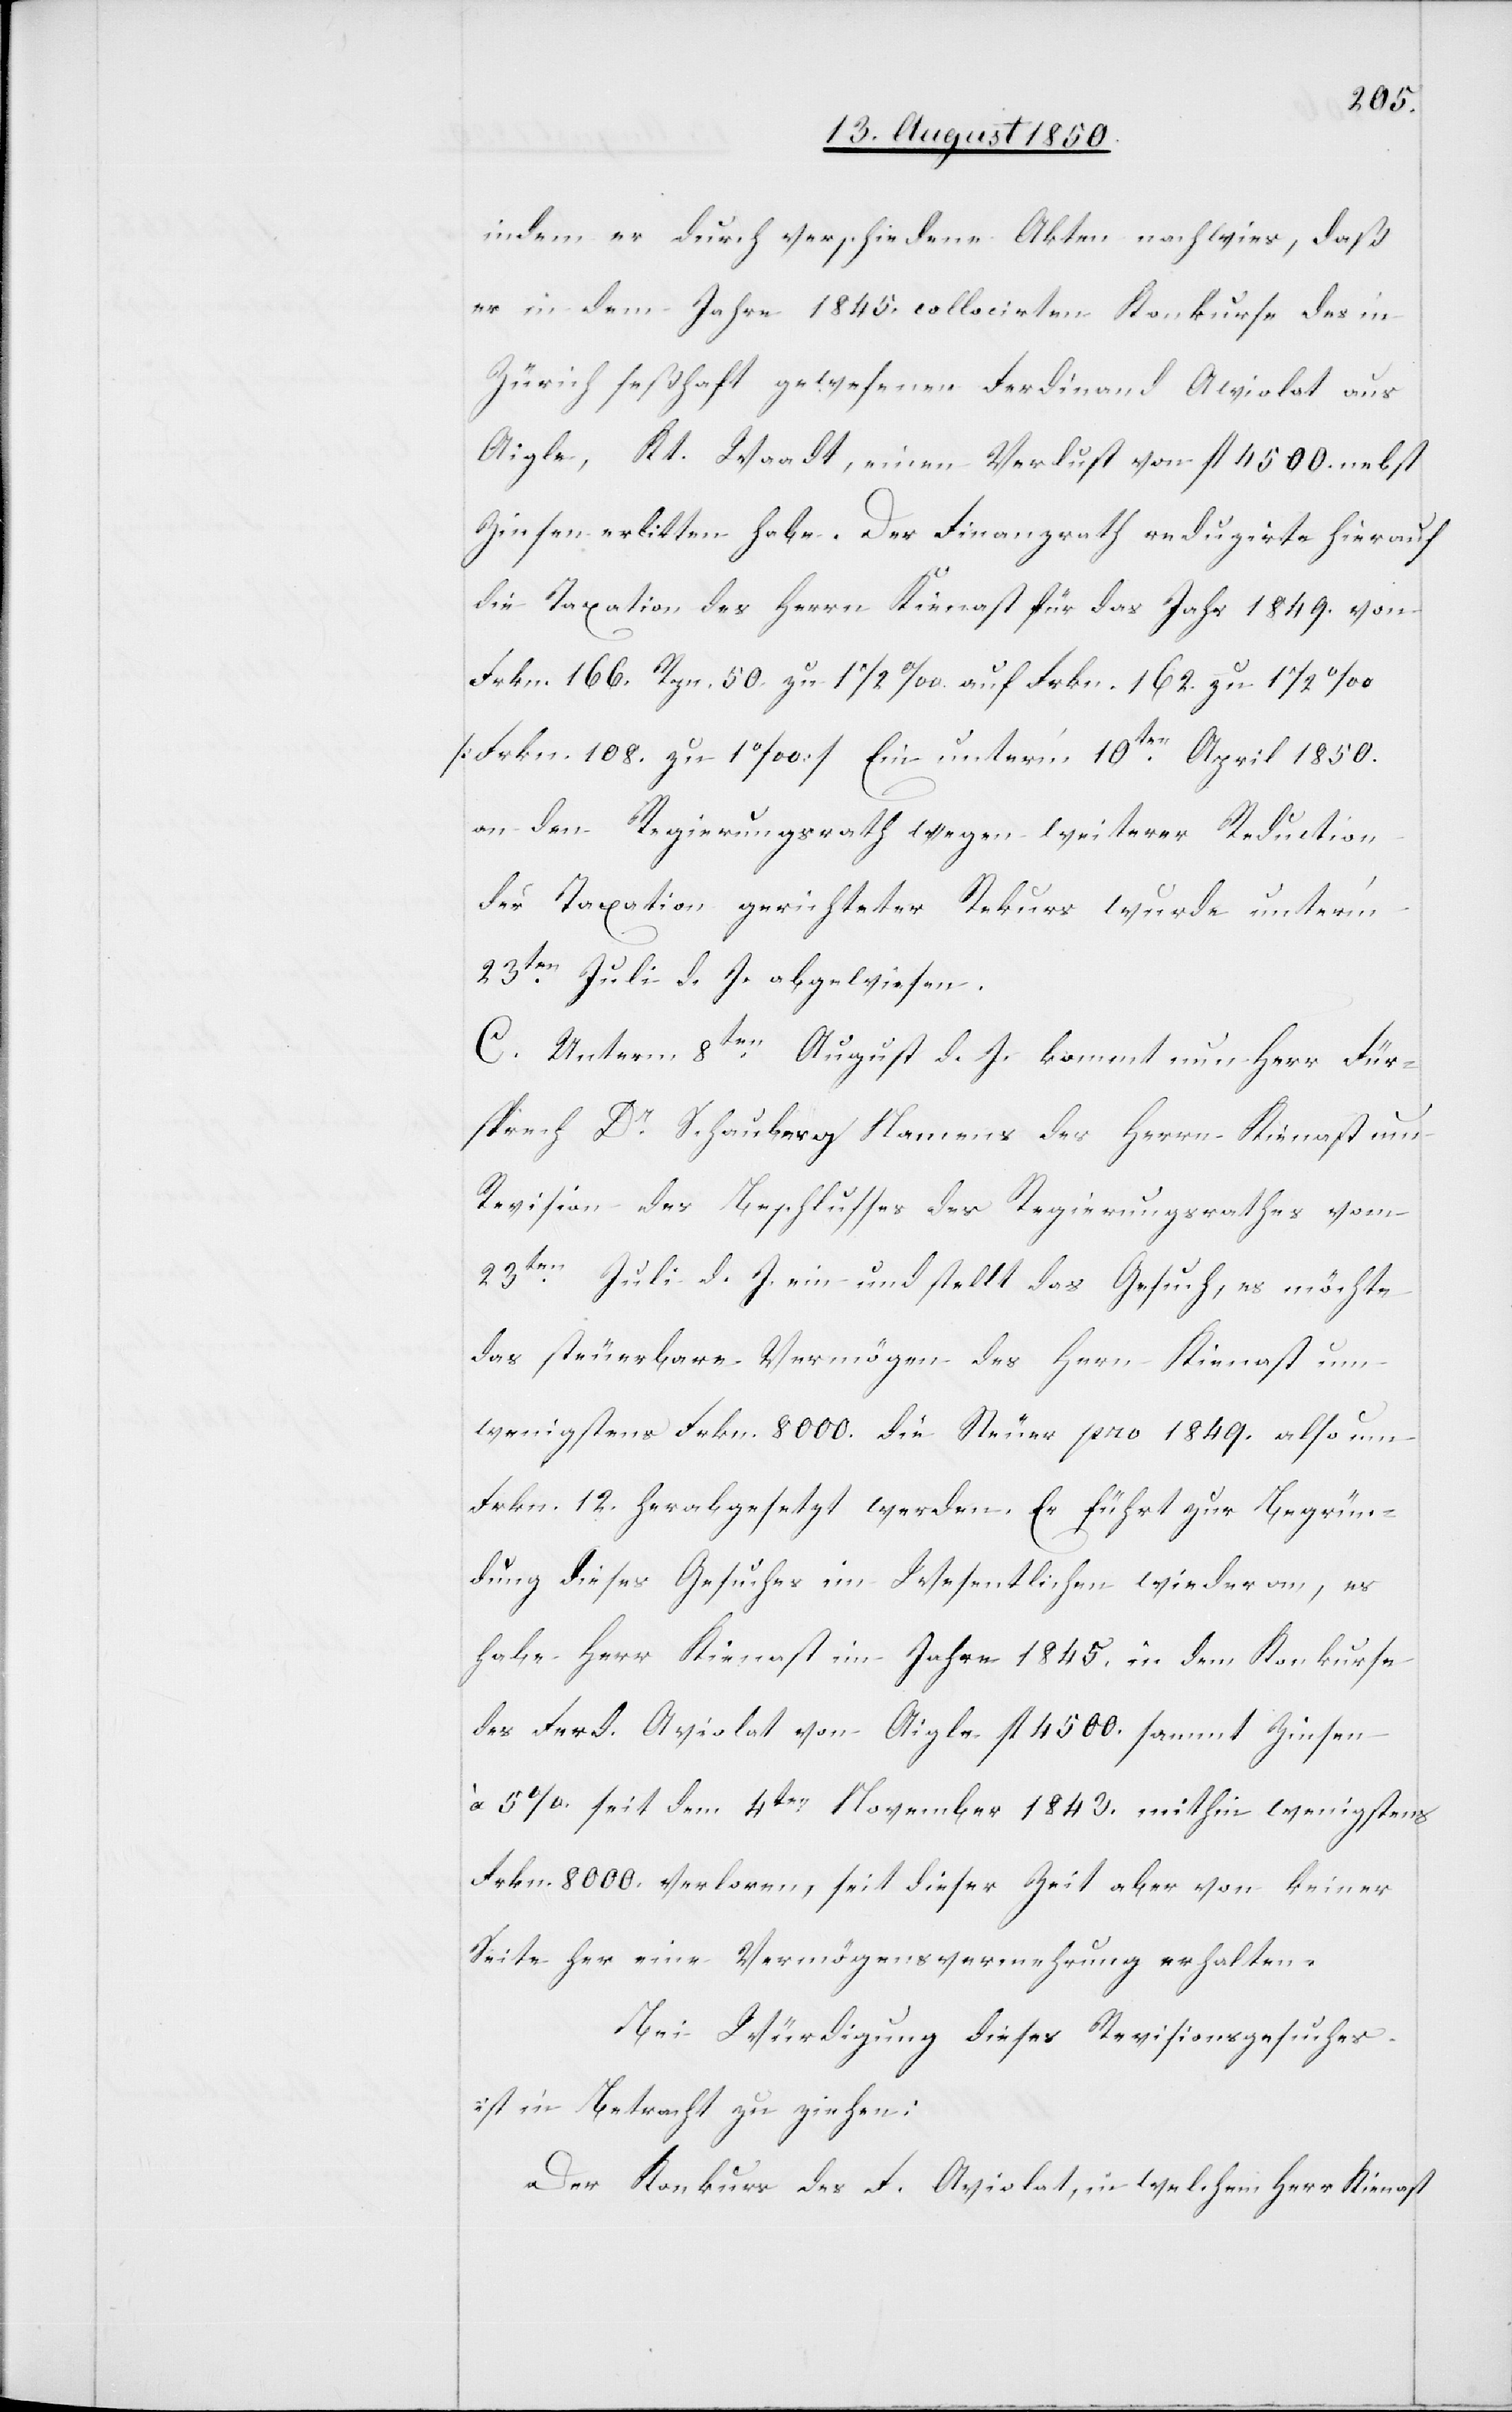
indem er durch verschiedene Akten nachwies, daß
er in dem Jahre 1845. collocirten Konkurse des in
Zürich seßhaft gewesenen Ferdinand Awiolat aus
Aigle, Kt. Waadt, einen Verlust von fl 4500. nebst
Zinsen erlitten habe. [sic!] Der Finanzrath reduzirte hierauf
die Taxation des Herrn Kienast für das Jahr 1849. von
Frkn. 166. Rpn. 50. zu 1 1/2 ‰ auf Frkn. 162. zu 1 1/2 ‰
[Frkn. 108. zu 1 ‰] Ein unter’m 10ten April 1850.
an den Regierungsrath wegen weiterer Reduction
der Taxation gerichteter Rekurs wurde unter’m
23ten Juli d. J. abgewiesen.
C. Unterm 8ten August d. J. kommt nun Herr Für¬
sprech Dr Schauberg Namens des Herrn Kienast um
Revision des Beschlusses des Regierungsrathes vom
23ten Juli d. J. ein und stellt das Gesuch, es möchte
das steuerbare Vermögen des Her[r]n Kienast um
wenigstens Frkn. 8000. die Steuer pro 1849. also um
Frkn. 12. herabgesetzt werden. Er führt zur Begrün¬
dung dieses Gesuches im Wesentlichen wieder an, es
habe Herr Kienast im Jahre 1845. in dem Konkurse
des Ferd. Aviolat [sic!] von Aigle fl 4500. sammt Zinsen
à 5 % seit dem 4ten November 1843. mithin wenigstens
Frkn. 8000. verloren, seit dieser Zeit aber von keiner
Seite her eine Vermögensvermehrung erhalten.
Bei Würdigung dieses Revisionsgesuches
ist in Betracht zu ziehen:
Der Konkurs des F. Aviolat, in welchem Herr Kienast